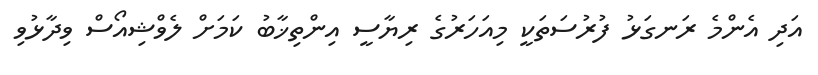
އަދި އެންމެ ރަނގަޅު ފުރުސަތަކީ މިއަހަރުގެ ރިޔާސީ އިންތިޚާބު ކަމަށް ލެވްޝިއޯސް ވިދާޅުވި